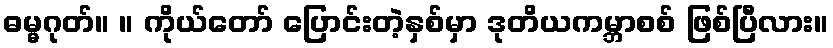
ဓမ္မဂုတ်။ ။ ကိုယ်တော် ပြောင်းတဲ့နှစ်မှာ ဒုတိယကမ္ဘာစစ် ဖြစ်ပြီလား။